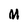
Character: M